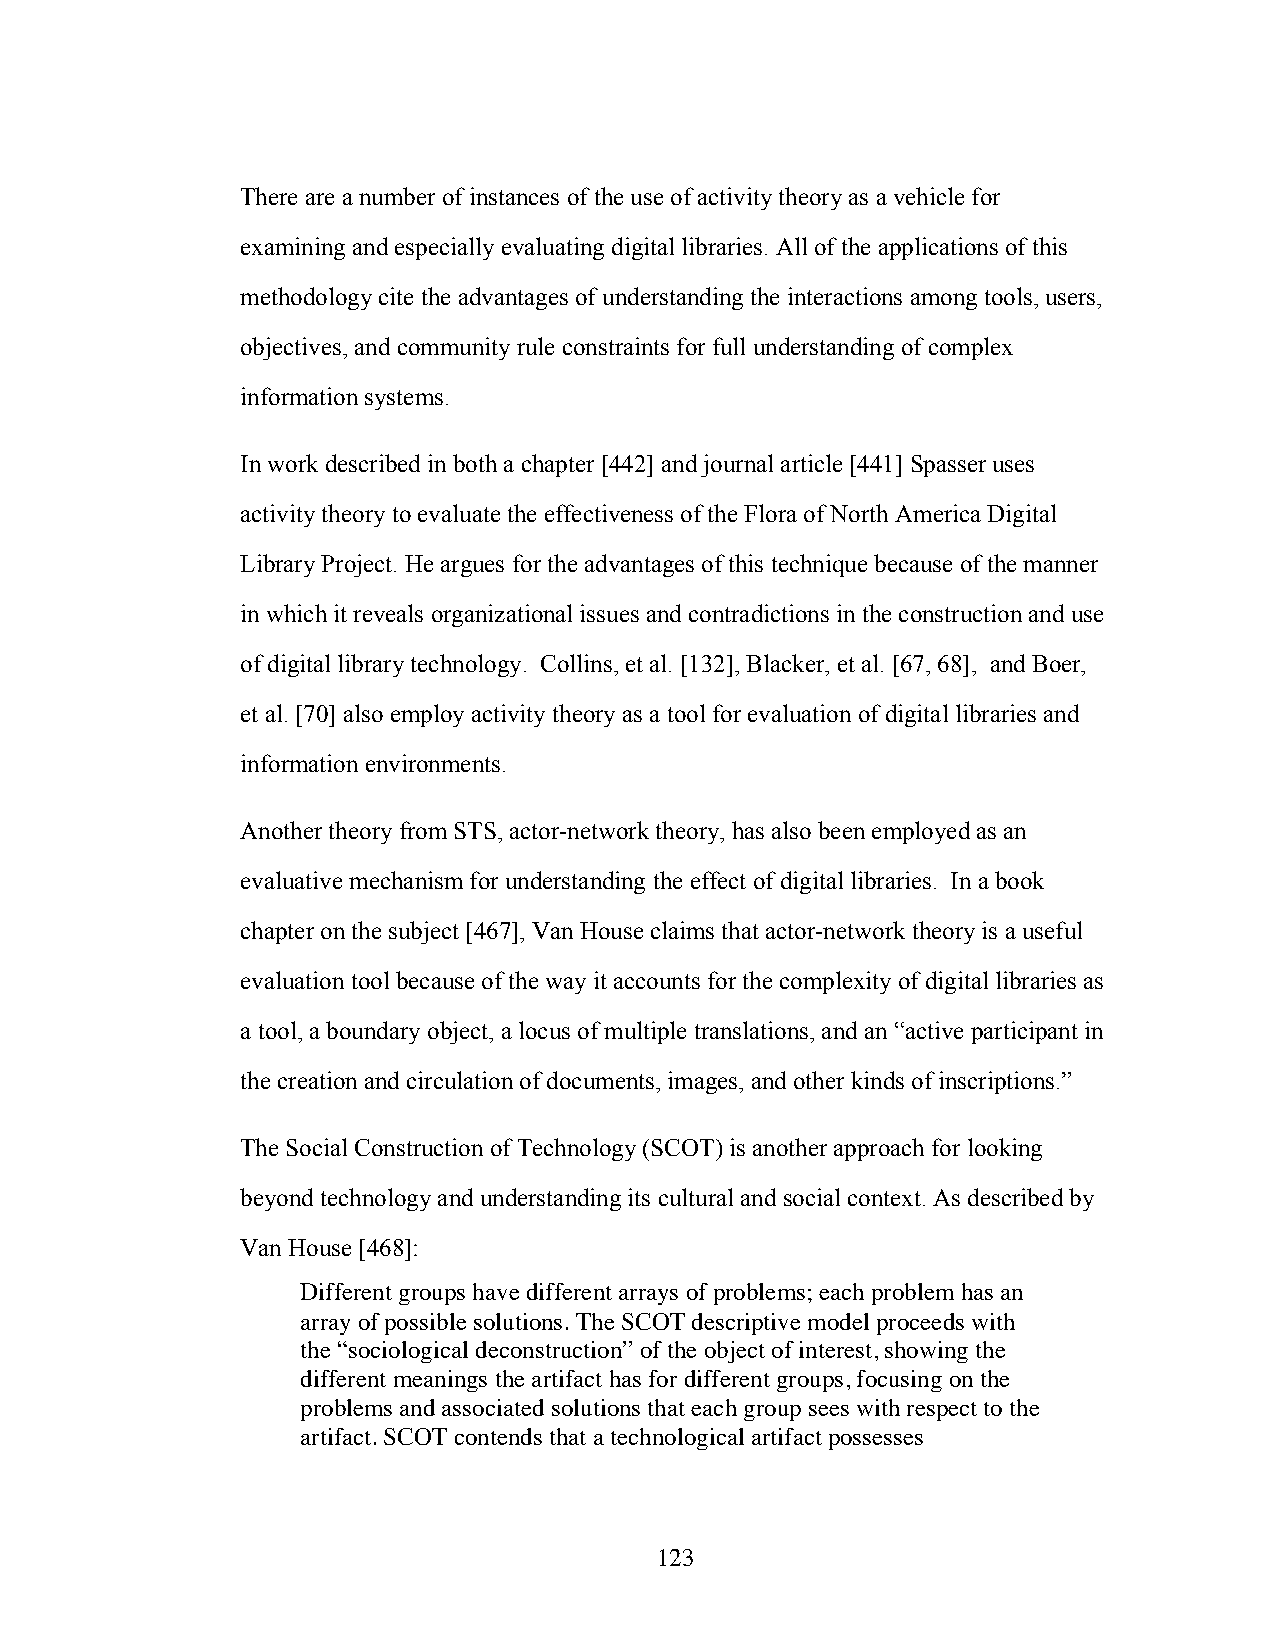
There are a number of instances of the use of activity theory as a vehicle for
 examining and especially evaluating digital libraries. All of the applications of this
 methodology cite the advantages of understanding the interactions among tools, users,
 objectives, and community rule constraints for full understanding of complex
 information systems.
 In work described in both a chapter [442] and journal article [441] Spasser uses
 activity theory to evaluate the effectiveness of the Flora of North America Digital
 Library Project. He argues for the advantages of this technique because of the manner
 in which it reveals organizational issues and contradictions in the construction and use
 of digital library technology. Collins, et al. [132], Blacker, et al. [67, 68], and Boer,
 et al. [70] also employ activity theory as a tool for evaluation of digital libraries and
 information environments.
 Another theory from STS, actor-network theory, has also been employed as an
 evaluative mechanism for understanding the effect of digital libraries. In a book
 chapter on the subject [467], Van House claims that actor-network theory is a useful
 evaluation tool because of the way it accounts for the complexity of digital libraries as
 a tool, a boundary object, a locus of multiple translations, and an “active participant in
 the creation and circulation of documents, images, and other kinds of inscriptions.”
 The Social Construction of Technology (SCOT) is another approach for looking
 beyond technology and understanding its cultural and social context. As described by
 Van House [468]:
 Different groups have different arrays of problems; each problem has an
 array of possible solutions. The SCOT descriptive model proceeds with
 the “sociological deconstruction” of the object of interest, showing the
 different meanings the artifact has for different groups, focusing on the
 problems and associated solutions that each group sees with respect to the
 artifact. SCOT contends that a technological artifact possesses
 123